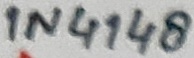
Text: 1N4148